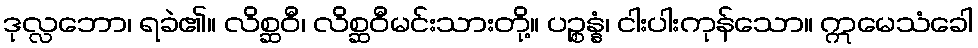
ဒုလ္လဘော၊ ရခဲ၏။ လိစ္ဆဝီ၊ လိစ္ဆဝီမင်းသားတို့။ ပဉ္စန္နံ၊ ငါးပါးကုန်သော။ ဣမေသံခေါ